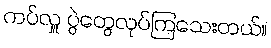
ကပ်လှူ ပွဲတွေလုပ်ကြသေးတယ်။